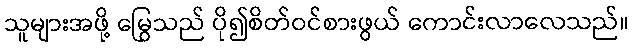
သူများအဖို့ မြွေသည် ပို၍စိတ်ဝင်စားဖွယ် ကောင်းလာလေသည်။